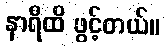
နာရီထိ ဖွင့်တယ်။